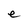
Character: e